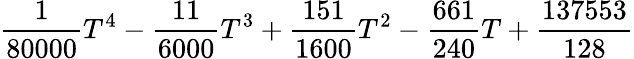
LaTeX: \frac{1}{80000}T^{4}-\frac{11}{6000}T^{3}+\frac{151}{1600}T^{2}-\frac{661}{240}T+\frac{137553}{128}